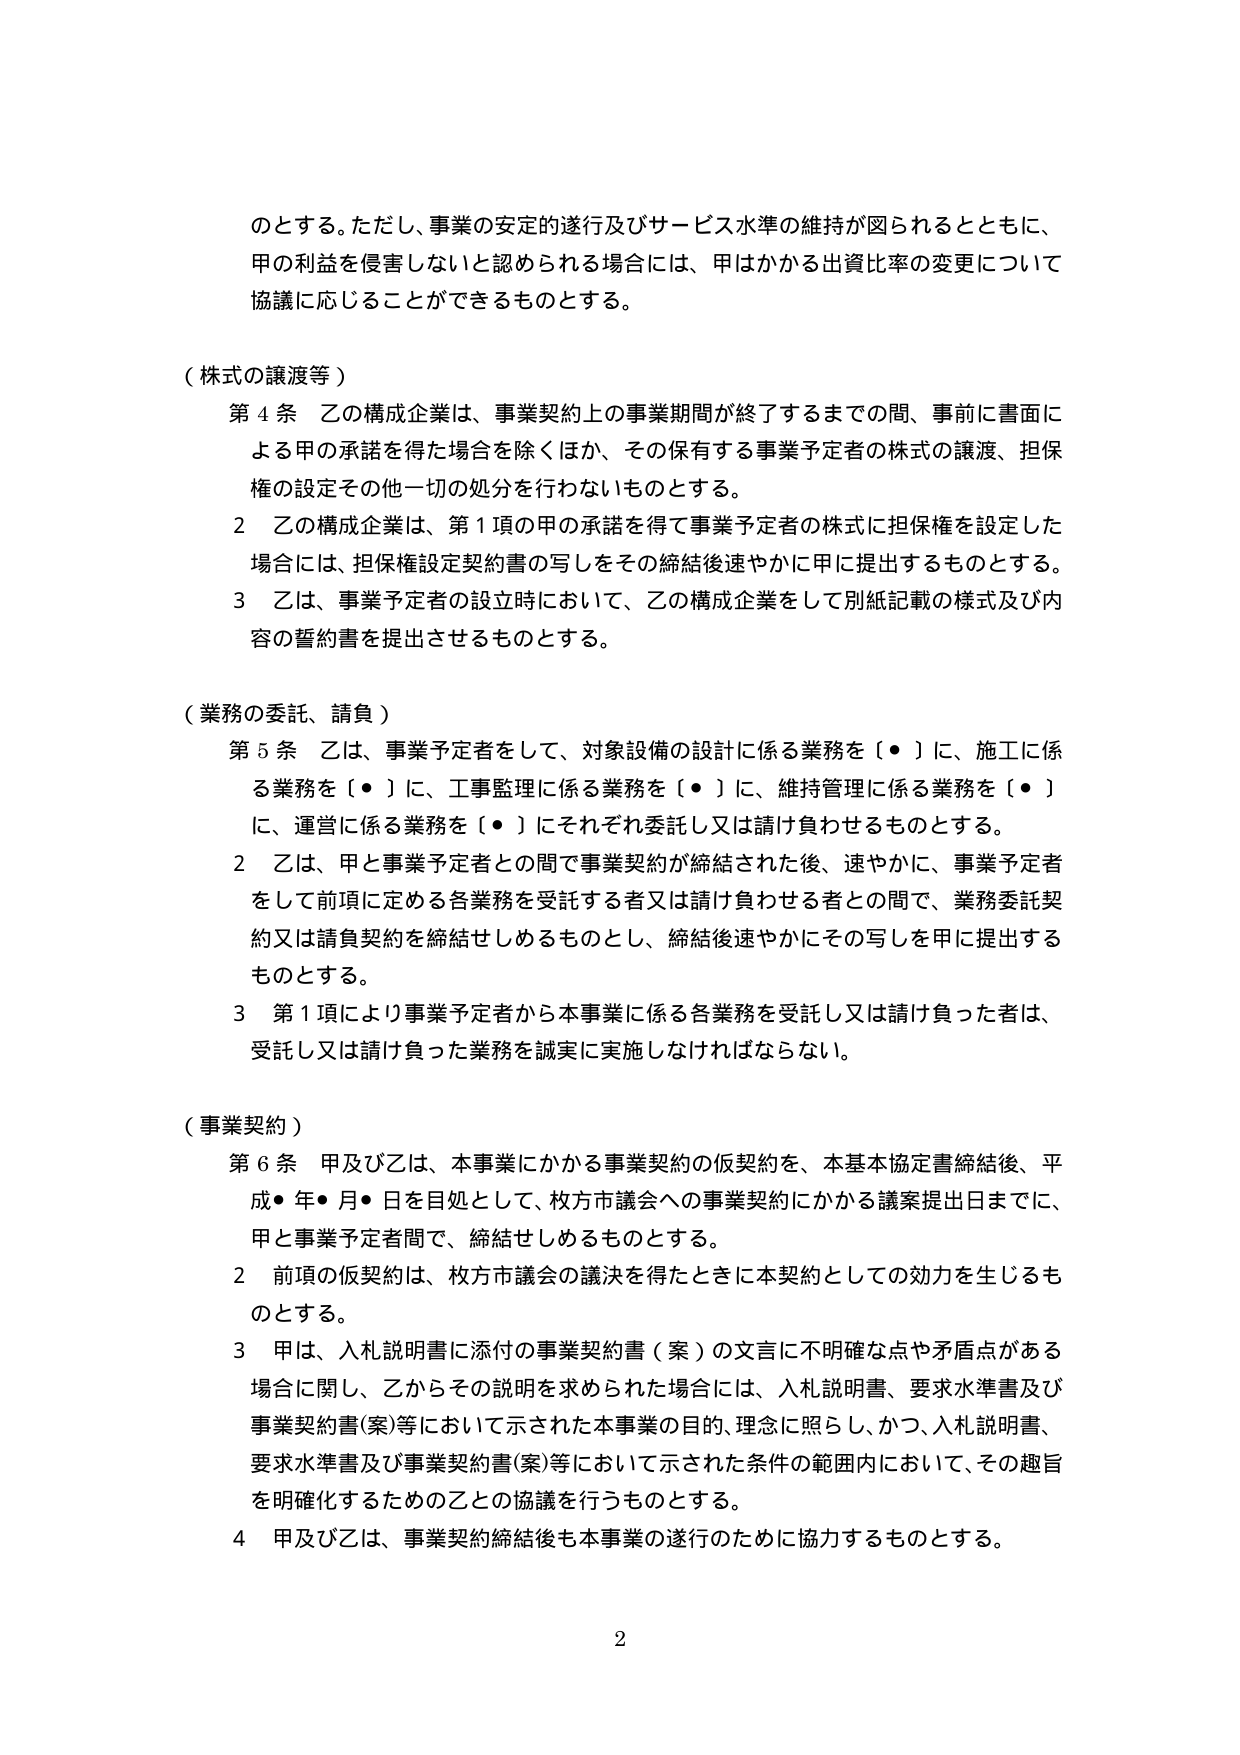
のとする。ただし、事業の安定的遂行及びサービス水準の維持が図られるとともに、
甲の利益を侵害しないと認められる場合には、甲はかかる出資比率の変更について
協議に応じることができるものとする。

（株式の譲渡等）
第４条 乙の構成企業は、事業契約上の事業期間が終了するまでの間、事前に書面に
よる甲の承諾を得た場合を除くほか、その保有する事業予定者の株式の譲渡、担保
権の設定その他一切の処分を行わないものとする。
２ 乙の構成企業は、第１項の甲の承諾を得て事業予定者の株式に担保権を設定した
場合には、担保権設定契約書の写しをその締結後速やかに甲に提出するものとする。
３ 乙は、事業予定者の設立時において、乙の構成企業をして別紙記載の様式及び内
容の誓約書を提出させるものとする。

（業務の委託、請負）
第５条 乙は、事業予定者をして、対象設備の設計に係る業務を〔・〕に、施工に係
る業務を〔・〕に、工事監理に係る業務を〔・〕に、維持管理に係る業務を〔・〕
に、運営に係る業務を〔・〕にそれぞれ委託し又は請け負わせるものとする。
２ 乙は、甲と事業予定者との間で事業契約が締結された後、速やかに、事業予定者
をして前項に定める各業務を受託する者又は請け負わせる者との間で、業務委託契
約又は請負契約を締結せしめるものとし、締結後速やかにその写しを甲に提出する
ものとする。
３ 第１項により事業予定者から本事業に係る各業務を受託し又は請け負った者は、
受託し又は請け負った業務を誠実に実施しなければならない。

（事業契約）
第６条 甲及び乙は、本事業にかかる事業契約の仮契約を、本基本協定書締結後、平
成・年・月・日を目処として、枚方市議会への事業契約にかかる議案提出日までに、
甲と事業予定者間で、締結せしめるものとする。
２ 前項の仮契約は、枚方市議会の議決を得たときに本契約としての効力を生じるも
のとする。
３ 甲は、入札説明書に添付の事業契約書（案）の文言に不明確な点や矛盾点がある
場合に関し、乙からその説明を求められた場合には、入札説明書、要求水準書及び
事業契約書(案)等において示された本事業の目的、理念に照らし、かつ、入札説明書、
要求水準書及び事業契約書(案)等において示された条件の範囲内において、その趣旨
を明確化するための乙との協議を行うものとする。
４ 甲及び乙は、事業契約締結後も本事業の遂行のために協力するものとする。

2